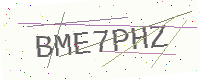
Text: BME7PHZ